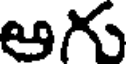
ఆగు